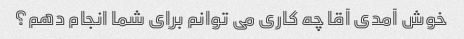
خوش آمدی آقا چه کاری می توانم برای شما انجام دهم؟